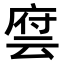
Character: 𬽂